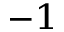
^ { - 1 }